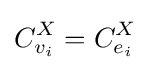
C_{v_{i}}^{X}=C_{e_{i}}^{X}